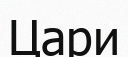
Цари